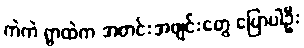
ကဲကဲ ရွာထဲက အတင်းအဖျင်းတွေ ပြောပါဦး